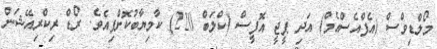
މޯލްޑިވްސް (އެފްއެސްއެމް) އަދި ޕީޖީ އޮފީސް (ކްލަބް 220) ކާމިޔާބުކޮށްފިއެވެ. ރޯޑް ރިކްރިއޭޝަން